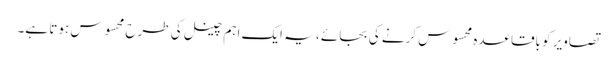
تصاویر کو باقاعدہ محسوس کرنے کی بجائے ، یہ ایک اہم چینل کی طرح محسوس ہوتا ہے۔